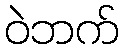
ဝဲဘက်